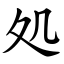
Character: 処